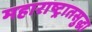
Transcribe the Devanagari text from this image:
महाराष्ट्रातसुद्धा